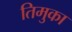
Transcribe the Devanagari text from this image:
तिमुका